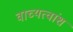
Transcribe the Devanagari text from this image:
वाच्यत्वांश